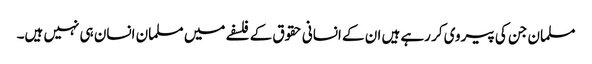
مسلمان جن کی پیروی کر رہے ہیں ان کے انسانی حقوق کے فلسفے میں مسلمان انسان ہی نہیں ہیں۔